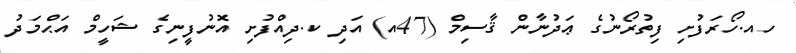
ހއ.ހޯރަފުށި ފިތުރޯނުގެ ޢަދުނާން ޤާސިމް (47އ) އަދި ކ.ދިއްފުށި އޮނުފީނިގެ ޝަހީމް އަޙްމަދު